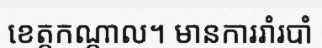
ខេត្តកណ្តាល។ មានការរាំរបាំ